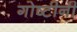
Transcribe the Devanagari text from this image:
गोष्टीनी